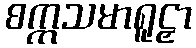
စက္ကသမာရူဠှာ